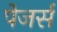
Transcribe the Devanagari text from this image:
पेजर्स